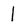
Character: I